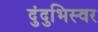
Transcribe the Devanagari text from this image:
दुंदुभिस्वर